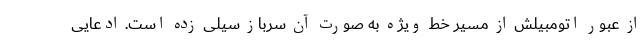
از عبور اتومبیلش از مسیر خط ویژه به صورت آن سرباز سیلی زده است. ادعایی